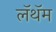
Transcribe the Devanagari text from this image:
लॅथॅम